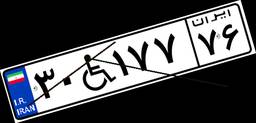
۳۰W۱۷۷۷۶